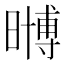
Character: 𭧧